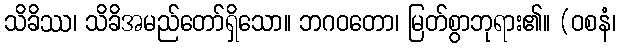
သိခိဿ၊ သိခိအမည်တော်ရှိသော။ ဘဂဝတော၊ မြတ်စွာဘုရား၏။ (ဝစနံ၊